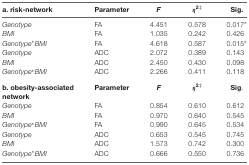
<table><thead><tr><td><b>a. risk-network</b></td><td><b>Parameter</b></td><td><b><i>F</i></b></td><td><b><i>η</i><sup>2</sup><sup>‡</sup></b></td><td><b>Sig.</b></td></tr></thead><tbody><tr><td><i>Genotype</i></td><td>FA</td><td>4.451</td><td>0.578</td><td>0.017*</td></tr><tr><td><i>BMI</i></td><td>FA</td><td>1.035</td><td>0.242</td><td>0.426</td></tr><tr><td><i>Genotype*BMI</i></td><td>FA</td><td>4.618</td><td>0.587</td><td>0.015*</td></tr><tr><td><i>Genotype</i></td><td>ADC</td><td>2.072</td><td>0.389</td><td>0.143</td></tr><tr><td><i>BMI</i></td><td>ADC</td><td>2.450</td><td>0.430</td><td>0.098</td></tr><tr><td><i>Genotype*BMI</i></td><td>ADC</td><td>2.266</td><td>0.411</td><td>0.118</td></tr><tr><td><b>b. obesity-associated network</b></td><td><b>Parameter</b></td><td><i>F</i></td><td><b><i>η</i><sup>2</sup><sup>‡</sup></b></td><td><b>Sig</b>.</td></tr><tr><td><i>Genotype</i></td><td>FA</td><td>0.854</td><td>0.610</td><td>0.612</td></tr><tr><td><i>BMI</i></td><td>FA</td><td>0.970</td><td>0.640</td><td>0.545</td></tr><tr><td><i>Genotype*BMI</i></td><td>FA</td><td>0.990</td><td>0.645</td><td>0.534</td></tr><tr><td><i>Genotype</i></td><td>ADC</td><td>0.653</td><td>0.545</td><td>0.745</td></tr><tr><td><i>BMI</i></td><td>ADC</td><td>1.573</td><td>0.742</td><td>0.300</td></tr><tr><td><i>Genotype*BMI</i></td><td>ADC</td><td>0.666</td><td>0.550</td><td>0.736</td></tr></tbody></table>